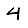
Digit: 4